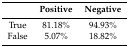
<table><thead><tr><td></td><td><b>Positive</b></td><td><b>Negative</b></td></tr></thead><tbody><tr><td>True</td><td>81.18%</td><td>94.93%</td></tr><tr><td>False</td><td>5.07%</td><td>18.82%</td></tr></tbody></table>